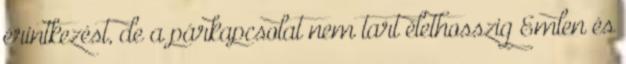
érintkezést, de a párkapcsolat nem tart élethosszig Emlen és